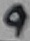
Text: 9